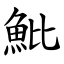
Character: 魮